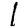
Digit: 1